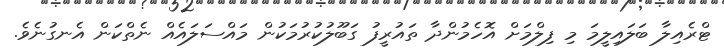
ޓްރެއިލާ ބަލައިލީމަ މި ފިލްމަށް އޮހެމުންދާ ތައުރީފު ގަބޫލުކުރުމަކުން މައްސަލައެއް ނެތްކަން އެނގުނެވެ.